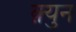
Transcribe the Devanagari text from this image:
क़्युन